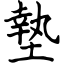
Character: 墊